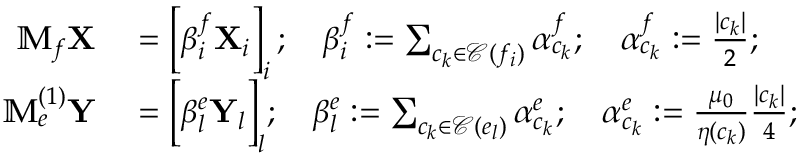
\begin{array} { r l } { \mathbb { M } _ { f } \mathbf { X } } & { { } = \left[ \beta _ { i } ^ { f } \mathbf { X } _ { i } \right] _ { i } ; \quad \beta _ { i } ^ { f } : = \sum _ { c _ { k } \in \mathcal { C } ( f _ { i } ) } \alpha _ { c _ { k } } ^ { f } ; \quad \alpha _ { c _ { k } } ^ { f } : = \frac { | c _ { k } | } { 2 } ; } \\ { \mathbb { M } _ { e } ^ { ( 1 ) } \mathbf { Y } } & { { } = { \Big [ } \beta _ { l } ^ { e } \mathbf { Y } _ { l } { \Big ] } _ { l } ; \quad \beta _ { l } ^ { e } : = \sum _ { c _ { k } \in \mathcal { C } ( e _ { l } ) } \alpha _ { c _ { k } } ^ { e } ; \quad \alpha _ { c _ { k } } ^ { e } : = \frac { \mu _ { 0 } } { \eta ( c _ { k } ) } \frac { | c _ { k } | } { 4 } ; } \end{array}